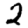
Digit: 2